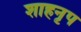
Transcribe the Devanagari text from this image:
शाहनृप